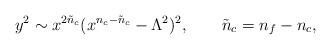
LaTeX: \begin{align*}y^2\sim x^{2{\tilde n}_c} ( x^{n_c - {\tilde n}_c } - \Lambda^2 )^2, \qquad {\tilde n}_c = n_f - n_c, \end{align*}